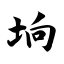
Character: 垧